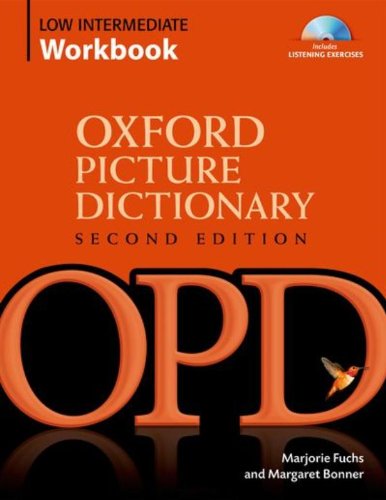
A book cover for Oxford Picture Dictionary Low Intermediate Workbook: Vocabulary reinforcement Activity Book with Audio CDs (Oxford Picture Dictionary 2E); Marjorie Fuchs; Politics & Social Sciences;